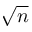
\sqrt { n }